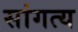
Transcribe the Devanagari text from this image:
सांगत्य